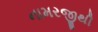
નામરજીથી